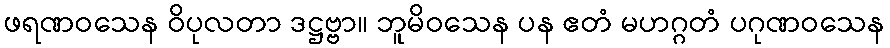
ဖရဏဝသေန ဝိပုလတာ ဒဋ္ဌဗ္ဗာ။ ဘူမိဝသေန ပန ဧတံ မဟဂ္ဂတံ ပဂုဏဝသေန